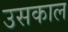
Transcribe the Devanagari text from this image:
उसकाल